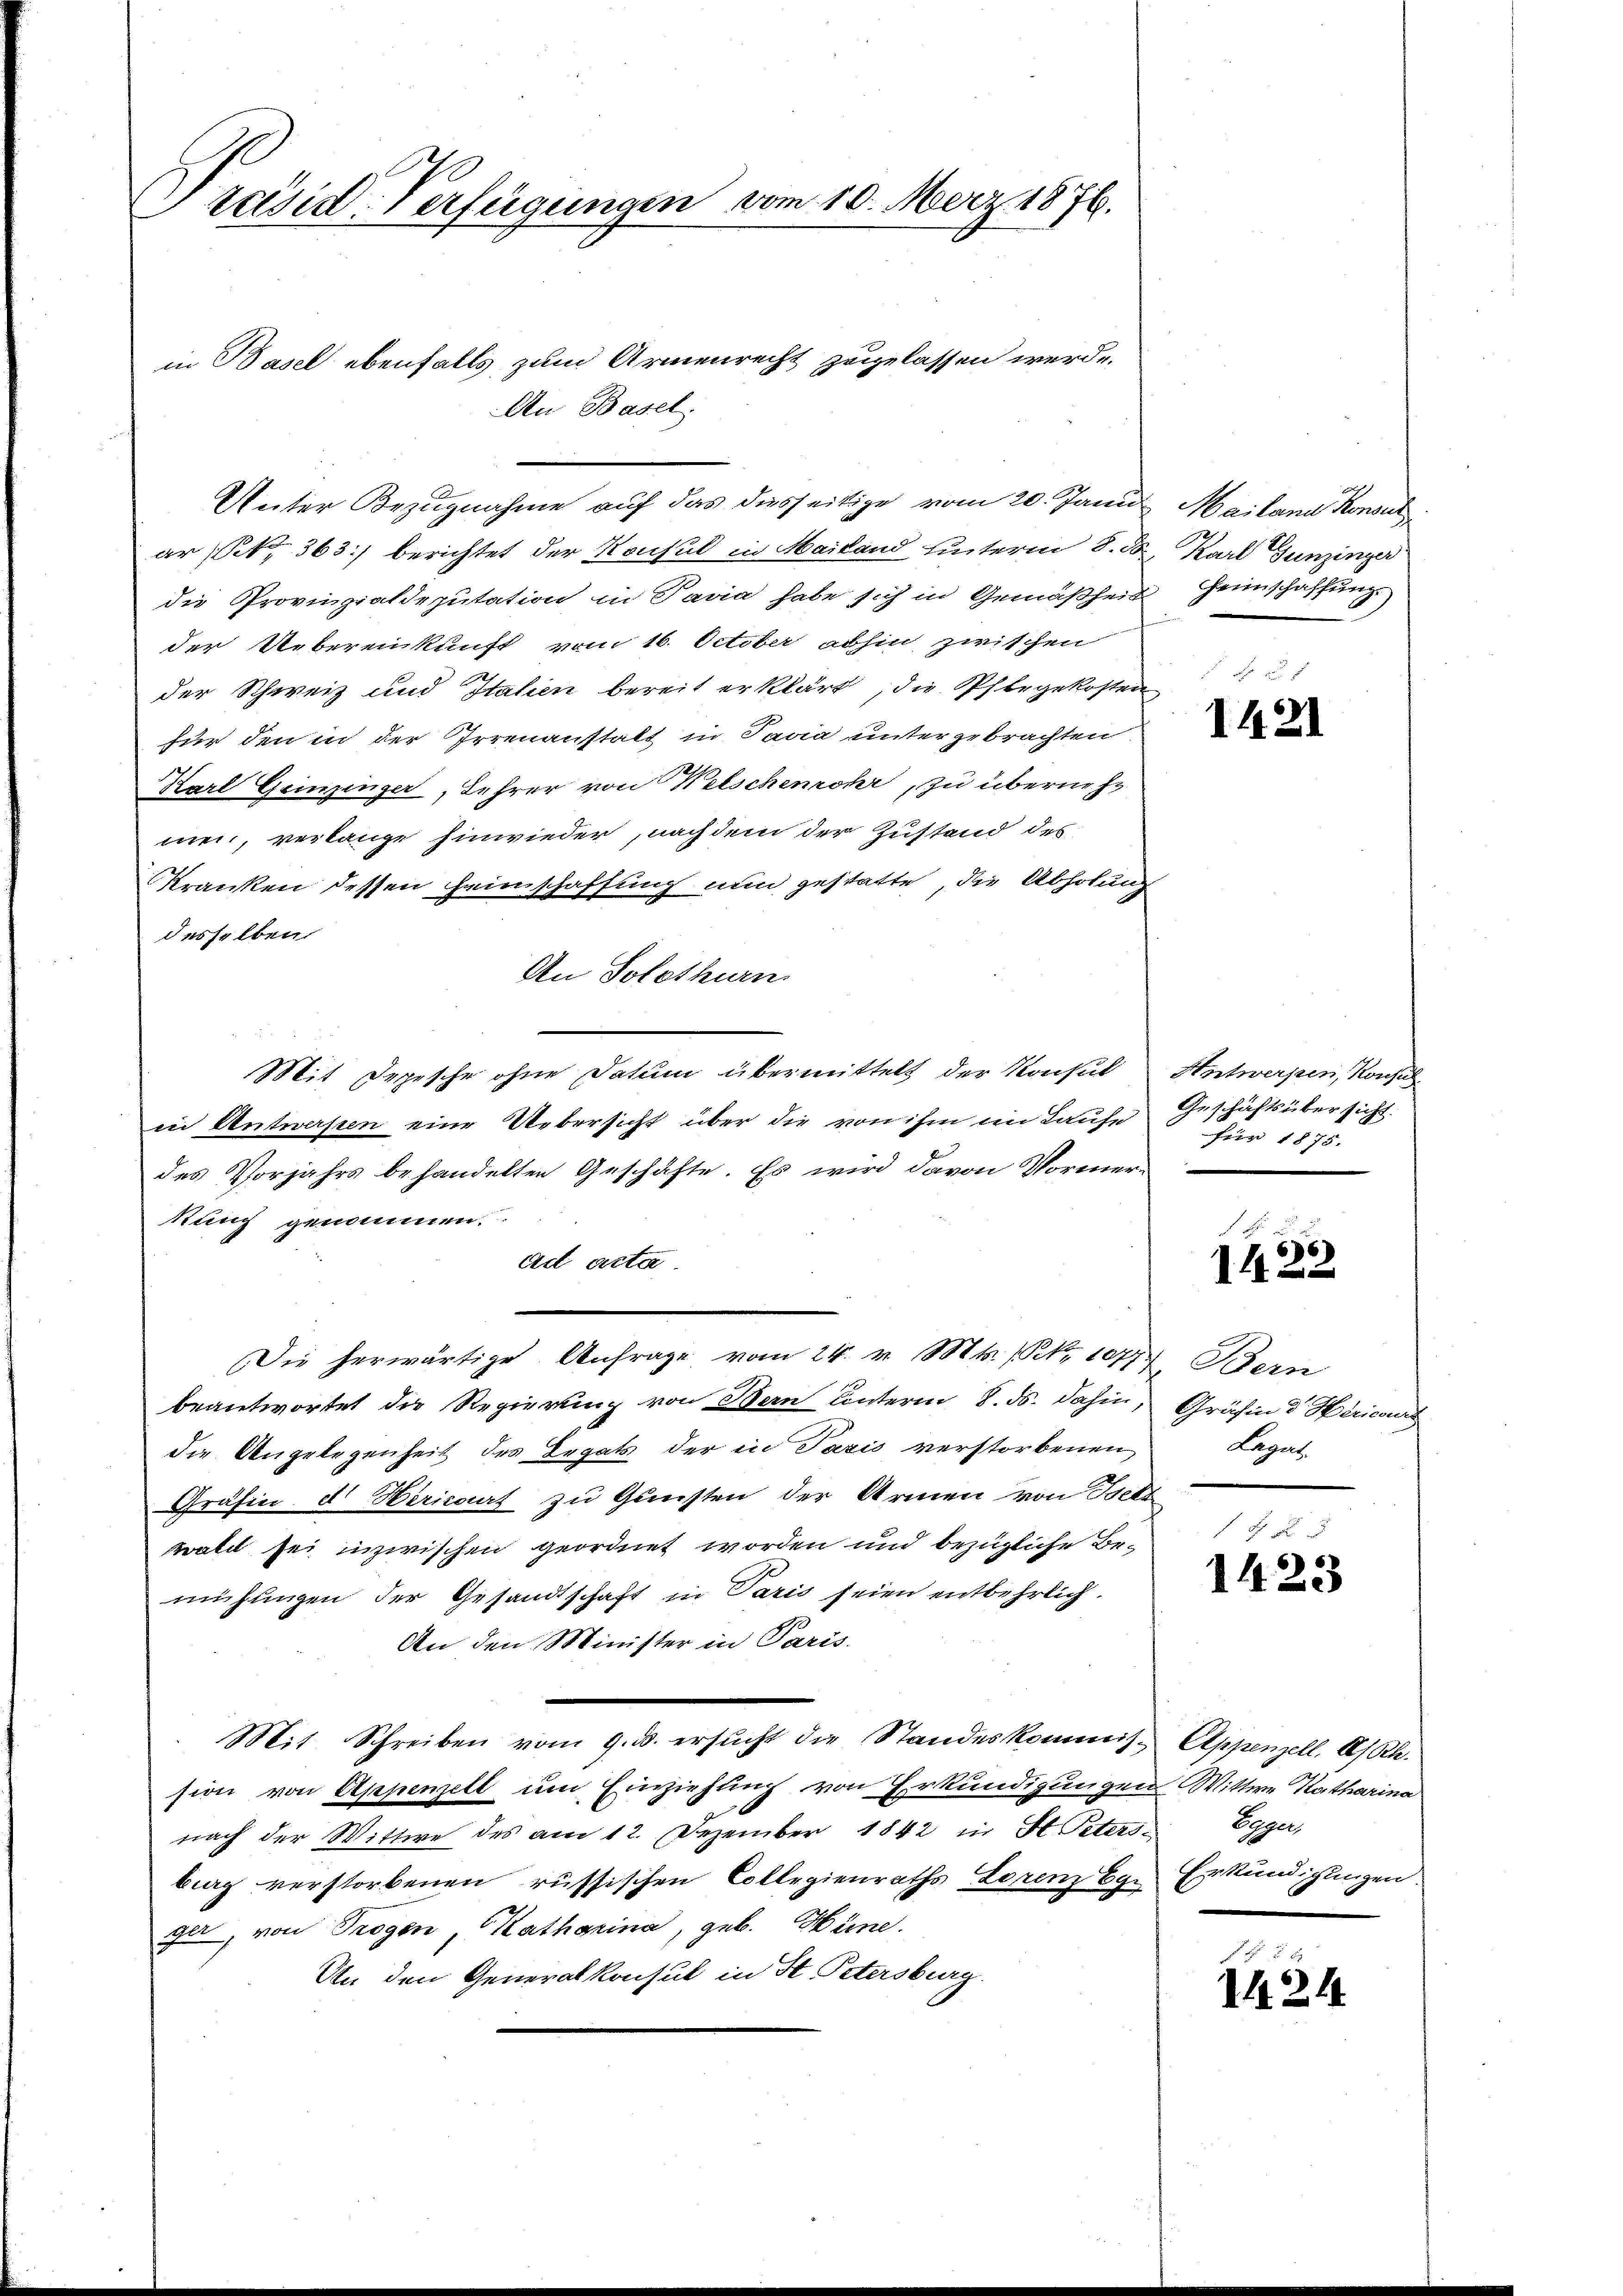
räsid. Verfügungen vom 10. März 1876.

in Basel ebenfalls zum Armenrecht zugelassen werde.
An Basel.
Unter Bezugnahme auf das diesseitige vom 20. Janu. Mailand Konsu
ar (S. 363) berichtet der Konsul in Mailand hinterm 8. d. Karl Gunzinger
die Provinzialdeputation in Pavia habe sich in Gemäßheit Heimschaffung
der Ueberenkunft vom 16. October abhin zwischen
der Schweiz und Italien bereit erklärt, die Pflegekosten
für den in der Irrenanstalt in Pavia untergebrachten.
Karl Geinzinger, Lehrer von Welschenrohr, zu übernehmei, verlange hinwieder, nach dem der Zustand des
Kranken dessen Heimschaffung nun gestatte, die Abholung
desselben
An Solothurn
Mit Depesche ohne Datum übermittelt der Konsul
in Antwersten eine Uebersicht über die von ihm im Laufe Geschäftsüber sicht.
des Vorjahrs behandelten Geschäfte. Es wird davon Vormerkung genommen.
ad acta.
Die herwärtige Anfrage vom 24. v. Mts. (Nr. 1077. Bern
beantwortet die Regierung von Bern unterm 8. ds. dahin, Gräfin d Hérieur
die Angelegenheit des Legats der in Paris verstorbenen Legat
Gräfin d Herisaat zu Gunsten der Armen von Isekt
wald sei inzwischen geordnet worden und bezügliche Bemühungen der Gesandtschaft in Paris seien entbehrlich.
An den Minister in Paris.
Mit Schreiben vom 9. ds. ersŭcht die Standeskommis. Appenzell A/Rh.
sion von Appenzell um Einziehung von Erkundigungen Wittwe Katharina
nach der Wittwe des am 12. Dezember 1842 in St. Peters Egger,
burg verstorbenen russischen Collegienraths Lorenz Egger, von Trogen, Katharina, geb. Hüne.
An den Generalkonsul in St. Petersburg.

1421

Antwerpen, Konsul
für 1875.

o
66)
1

4 x
1423

Erkundigungen.

1424